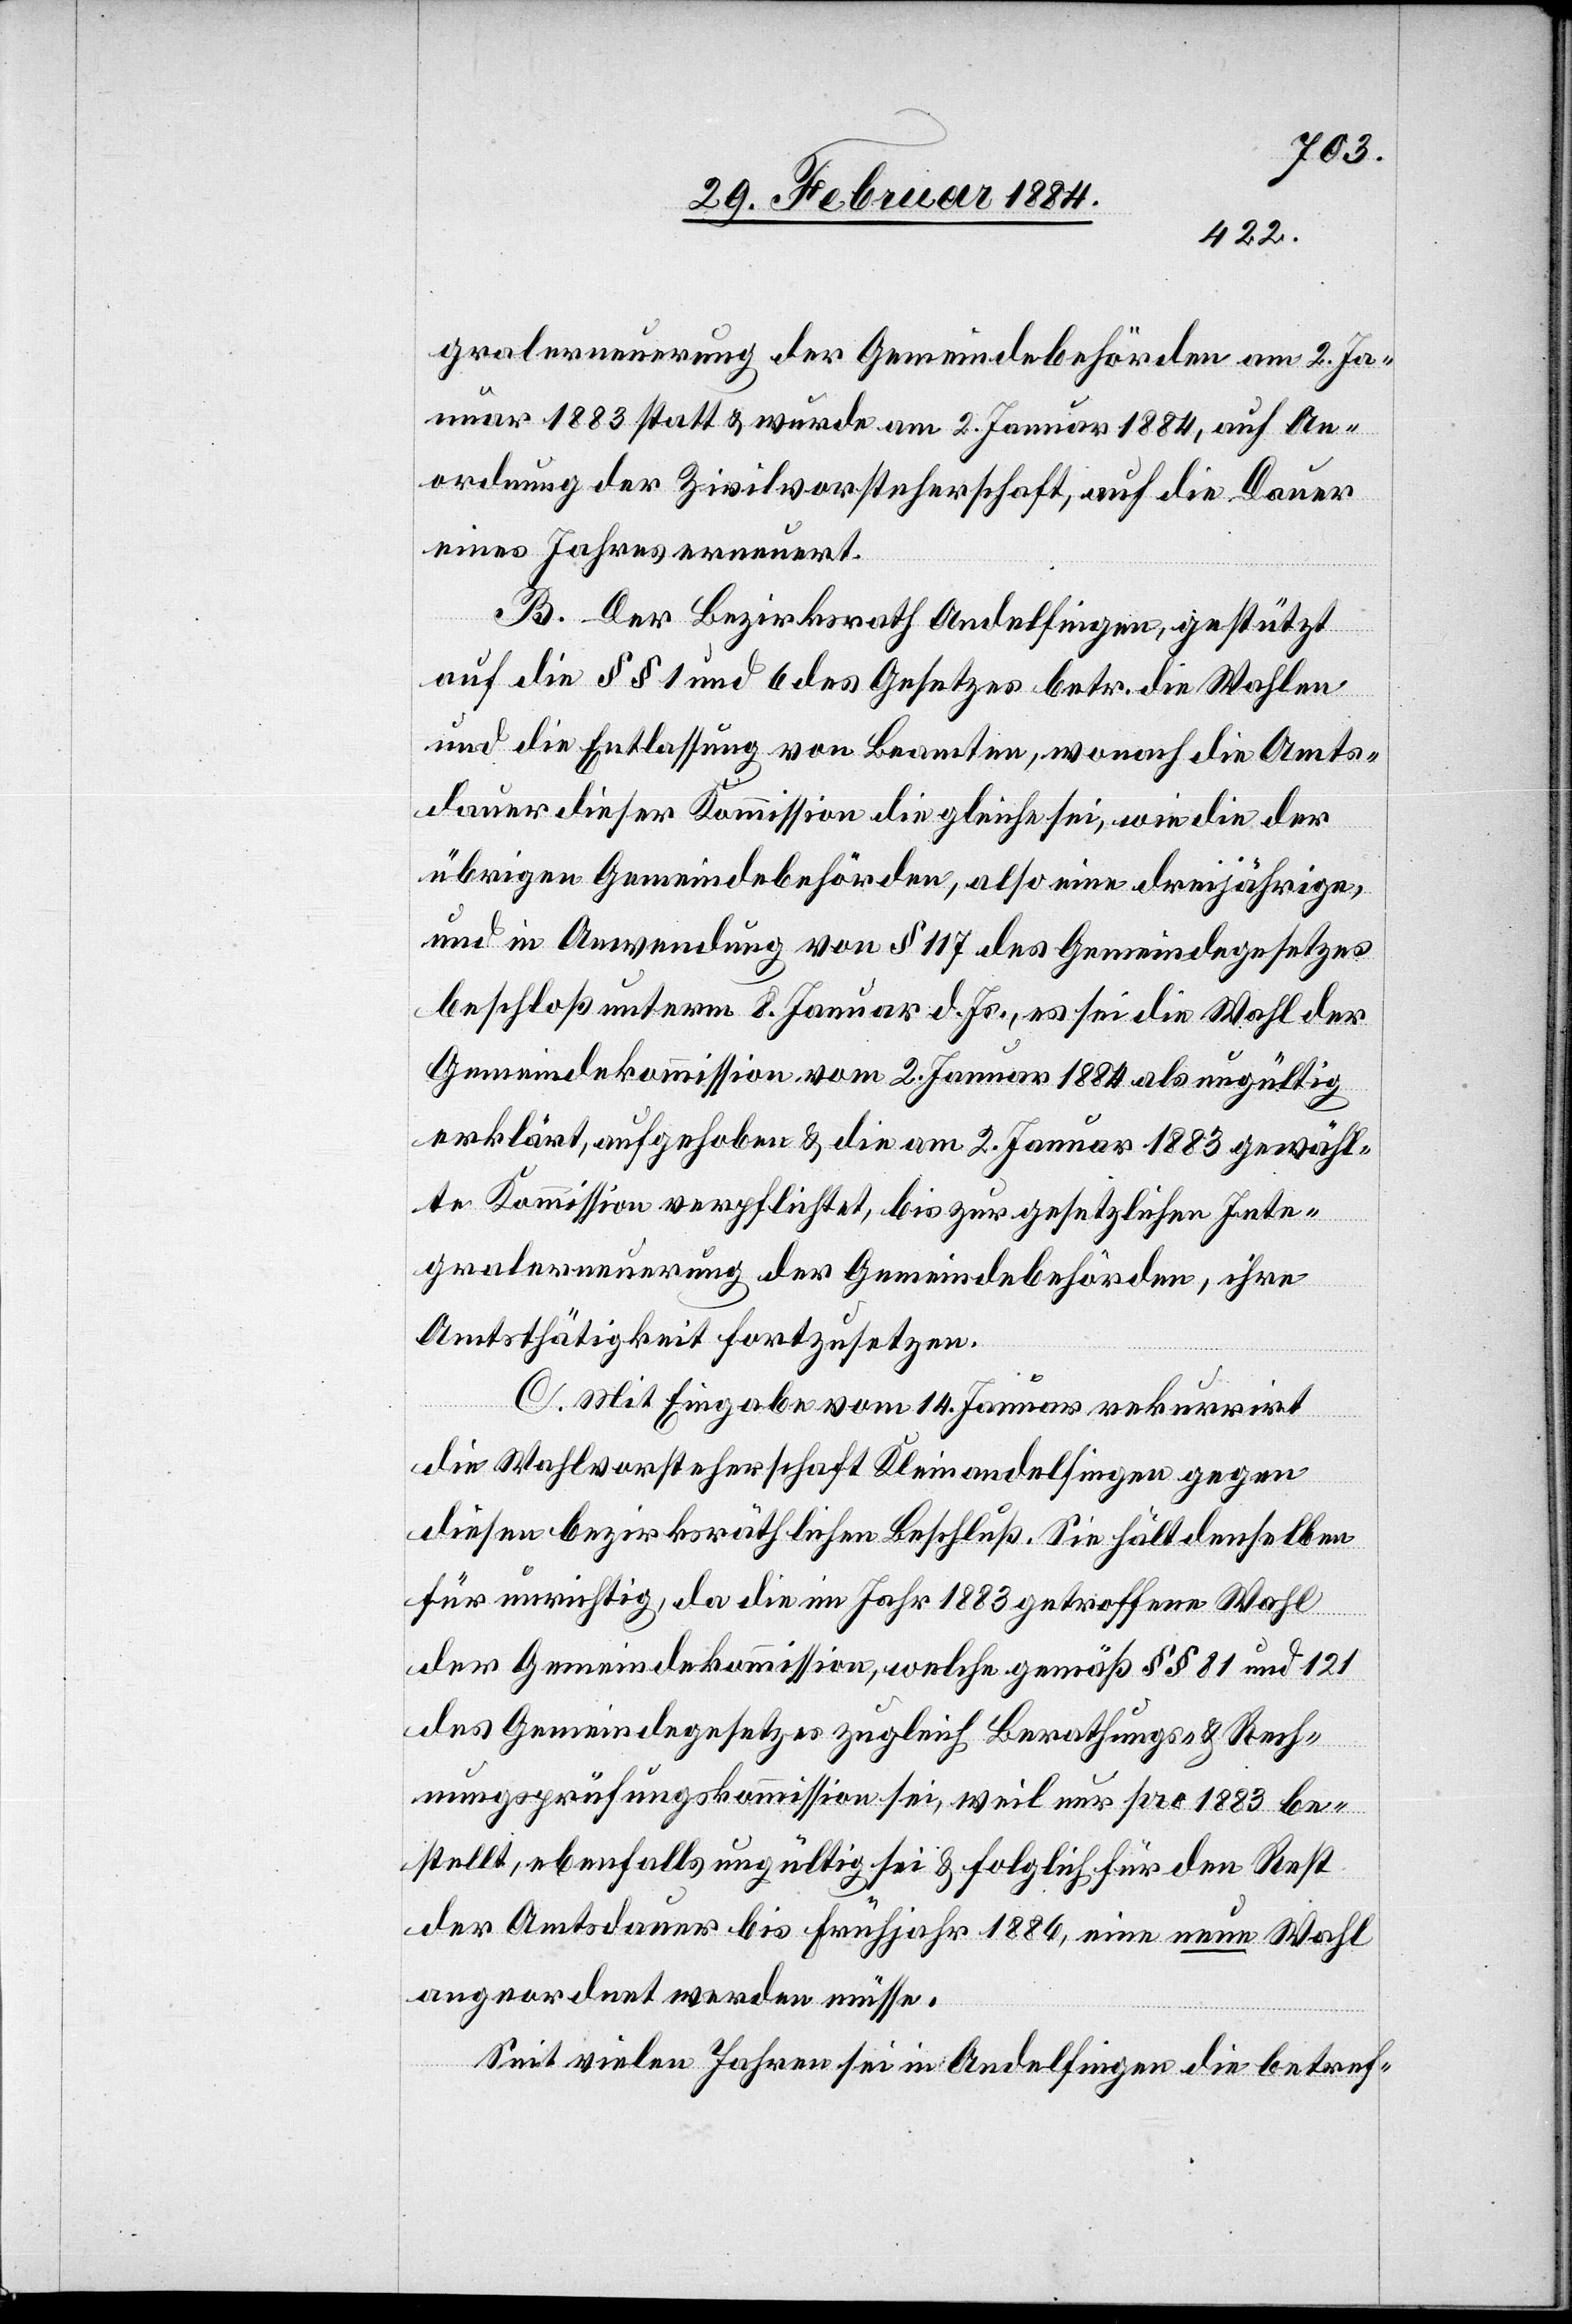
gralerneuerung der Gemeindebehörden am 2. Ja¬
nuar 1883 statt & wurde am 2. Januar 1884, auf An¬
ordnung der Zivilvorsteherschaft, auf die Dauer
eines Jahres erneuert.
B. Der Bezirksrath Andelfingen, gestützt
auf die §§ 1 und 6 des Gesetzes betr. die Wahlen
und die Entlassung von Beamten, wonach die Amts¬
dauer dieser Kommission die gleiche sei, wie die der
übrigen Gemeindebehörden, also eine dreijährige,
und in Anwendung von § 117 des Gemeindegesetzes
beschloß unterm 8. Januar d. Js., es sei die Wahl der
Gemeindekommission vom 2. Januar 1884 als ungültig
erklärt, aufgehoben & die am 2. Januar 1883 gewähl¬
te Kommission verpflichtet, bis zur gesetzlichen Inte¬
gralerneuerung der Gemeindebehörden, ihre
Amtsthätigkeit fortzusetzen.
C. Mit Eingabe vom 14. Januar rekurrirt
die Wahlvorsteherschaft Kleinandelfingen gegen
diesen bezirskräthlichen Beschluß. Sie hält denselben
für unrichtig, da die im Jahr 1883 getroffene Wahl
der Gemeindekommission, welche gemäß §§ 81 und 121
des Gemeindegesetzes zugleich Berathungs- & Rech¬
nungsprüfungskommission sei, weil nur pro 1883 be¬
stellt, ebenfalls ungültig sei & folglich für den Rest
der Amtsdauer bis Frühjahr 1886, eine neue Wahl
angeordnet werden müsse.
Seit vielen Jahren sei in Andelfingen die betref-